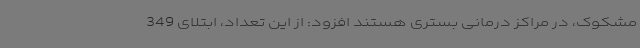
مشکوک، در مراکز درمانی بستری هستند افزود: از این تعداد، ابتلای 349